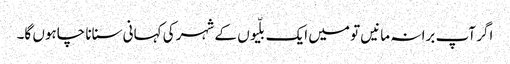
اگر آپ برا نہ مانیں تو میں ایک بلّیوں کے شہر کی کہانی سنانا چاہوں گا۔